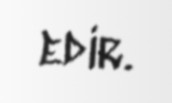
edir.